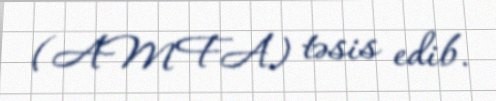
(AMFA) təsis edib.